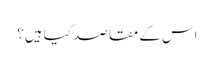
اس کے مقاصد کیا ہیں؟